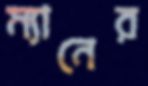
ম্যানের